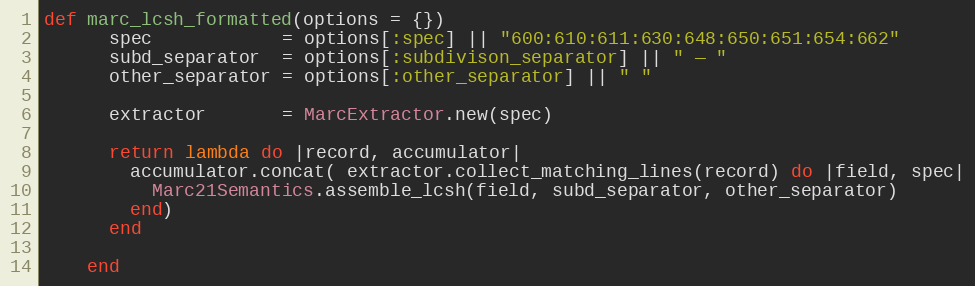
Language: Ruby
def marc_lcsh_formatted(options = {})
      spec            = options[:spec] || "600:610:611:630:648:650:651:654:662"
      subd_separator  = options[:subdivison_separator] || " — "
      other_separator = options[:other_separator] || " "

      extractor       = MarcExtractor.new(spec)

      return lambda do |record, accumulator|
        accumulator.concat( extractor.collect_matching_lines(record) do |field, spec|
          Marc21Semantics.assemble_lcsh(field, subd_separator, other_separator)
        end)
      end

    end